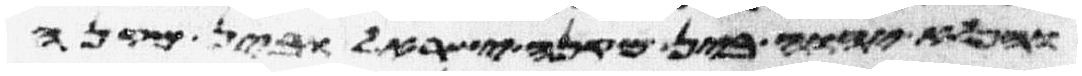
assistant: והפלא יהוה בין מקנה ישראל ובין מקנה